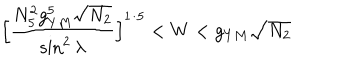
LaTeX: \Big [ \frac { N _ { 5 } ^ { 2 } g _ { Y M } ^ { 5 } \sqrt { N _ { 2 } } } { \sin ^ { 2 } \lambda } \Big ] ^ { 1 / 5 } < W < g _ { Y M } \sqrt { N _ { 2 } }